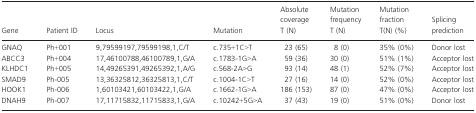
<table><thead><tr><td><b>Gene</b></td><td><b>Patient ID</b></td><td><b>Locus</b></td><td><b>Mutation</b></td><td><b>Absolute coverage T (N)</b></td><td><b>Mutation frequency T (N)</b></td><td><b>Mutation fraction T(N) (%)</b></td><td><b>Splicing prediction</b></td></tr></thead><tbody><tr><td>GNAQ</td><td>Ph+001</td><td>9,79599197,79599198,1,C/T</td><td>c.735+1C&gt;T</td><td>23 (65)</td><td>8 (0)</td><td>35% (0%)</td><td>Donor lost</td></tr><tr><td>ABCC3</td><td>Ph+004</td><td>17,46100788,46100789,1,G/A</td><td>c.1783-1G&gt;A</td><td>59 (36)</td><td>30 (0)</td><td>51% (1%)</td><td>Acceptor lost</td></tr><tr><td>KLHDC1</td><td>Ph+005</td><td>14,49265391,49265392,1,A/G</td><td>c.568-2A&gt;G</td><td>93 (14)</td><td>48 (1)</td><td>52% (7%)</td><td>Acceptor lost</td></tr><tr><td>SMAD9</td><td>Ph-005</td><td>13,36325812,36325813,1,C/T</td><td>c.1004-1C&gt;T</td><td>27 (16)</td><td>14 (0)</td><td>52% (0%)</td><td>Acceptor lost</td></tr><tr><td>HOOK1</td><td>Ph-006</td><td>1,60103421,60103422,1,G/A</td><td>c.1662-1G&gt;A</td><td>186 (153)</td><td>87 (0)</td><td>47% (0%)</td><td>Acceptor lost</td></tr><tr><td>DNAH9</td><td>Ph-007</td><td>17,11715832,11715833,1,G/A</td><td>c.10242+5G&gt;A</td><td>37 (43)</td><td>19 (0)</td><td>51% (0%)</td><td>Donor lost</td></tr></tbody></table>